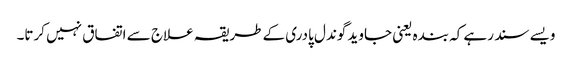
ویسے سند رہے کہ بندہ یعنی جاوید گوندل پادری کے طریقہ علاج سے اتفاق نہیں کرتا۔